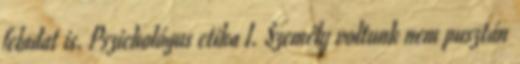
feladat is. Pszichológus etika I. Személy voltunk nem pusztán